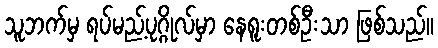
သူဘက်မှ ရပ်မည့်ပုဂ္ဂိုလ်မှာ နေရူးတစ်ဦးသာ ဖြစ်သည်။